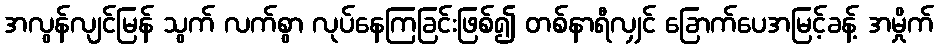
အလွန်လျင်မြန် သွက် လက်စွာ လုပ်နေကြခြင်းဖြစ်၍ တစ်နာရီလျှင် ခြောက်ပေအမြင့်ခန့် အမှိုက်